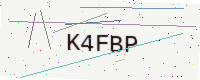
Text: K4FBP